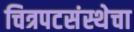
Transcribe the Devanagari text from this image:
चित्रपटसंस्थेचा